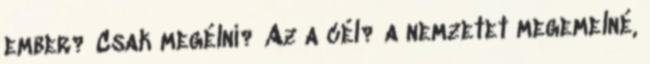
ember? Csak megélni? Az a cél? a nemzetet megemelné,